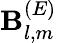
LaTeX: \mathbf{B}_{l,m}^{(E)}